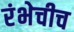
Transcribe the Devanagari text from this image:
रंभेचीच